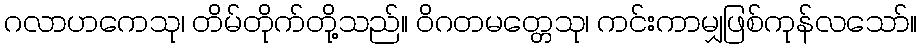
ဂလာဟကေသု၊ တိမ်တိုက်တို့သည်။ ဝိဂတမတ္တေသု၊ ကင်းကာမျှဖြစ်ကုန်လသော်။